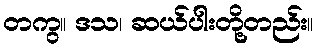
တကွ။ ဒသ၊ ဆယ်ပါးတို့တည်း။